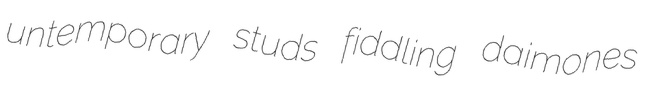
untemporary studs fiddling daimones